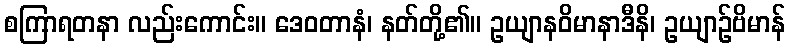
စကြာရတနာ လည်းကောင်း။ ဒေဝတာနံ၊ နတ်တို့၏။ ဥယျာနဝိမာနာဒီနိ၊ ဥယျာဉ်ဗိမာန်